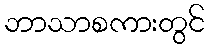
ဘာသာစကားတွင်